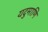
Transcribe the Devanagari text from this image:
यदुमाणि